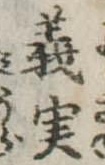
義実